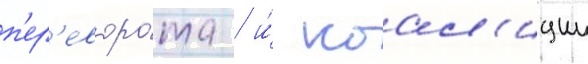
п'ер'еворо́та / и́ коал'иции